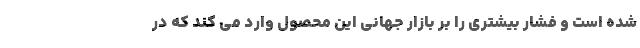
شده است و فشار بیشتری را بر بازار جهانی این محصول وارد می کند که در